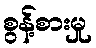
စွန့်စားမှု